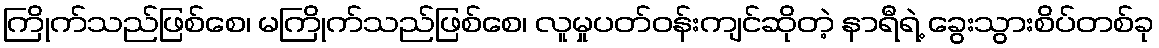
ကြိုက်သည်ဖြစ်စေ၊ မကြိုက်သည်ဖြစ်စေ၊ လူမှုပတ်ဝန်းကျင်ဆိုတဲ့ နာရီရဲ့ ခွေးသွားစိပ်တစ်ခု